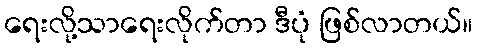
ရေးလို့သာရေးလိုက်တာ ဒီပုံ ဖြစ်လာတယ်။